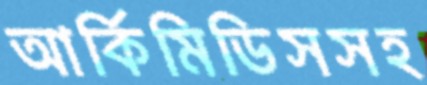
আর্কিমিডিসসহ